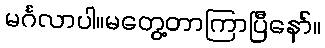
မင်္ဂလာပါ။မတွေ့တာကြာပြီနော်။